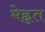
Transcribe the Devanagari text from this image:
मेह्नत